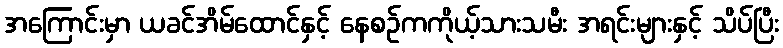
အကြောင်းမှာ ယခင်အိမ်ထောင်နှင့် နေစဉ်ကကိုယ့်သားသမီး အရင်းများနှင့် သိပ်ပြီး